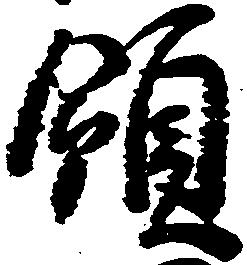
領